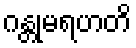
ဂန္တုမရဟတိ